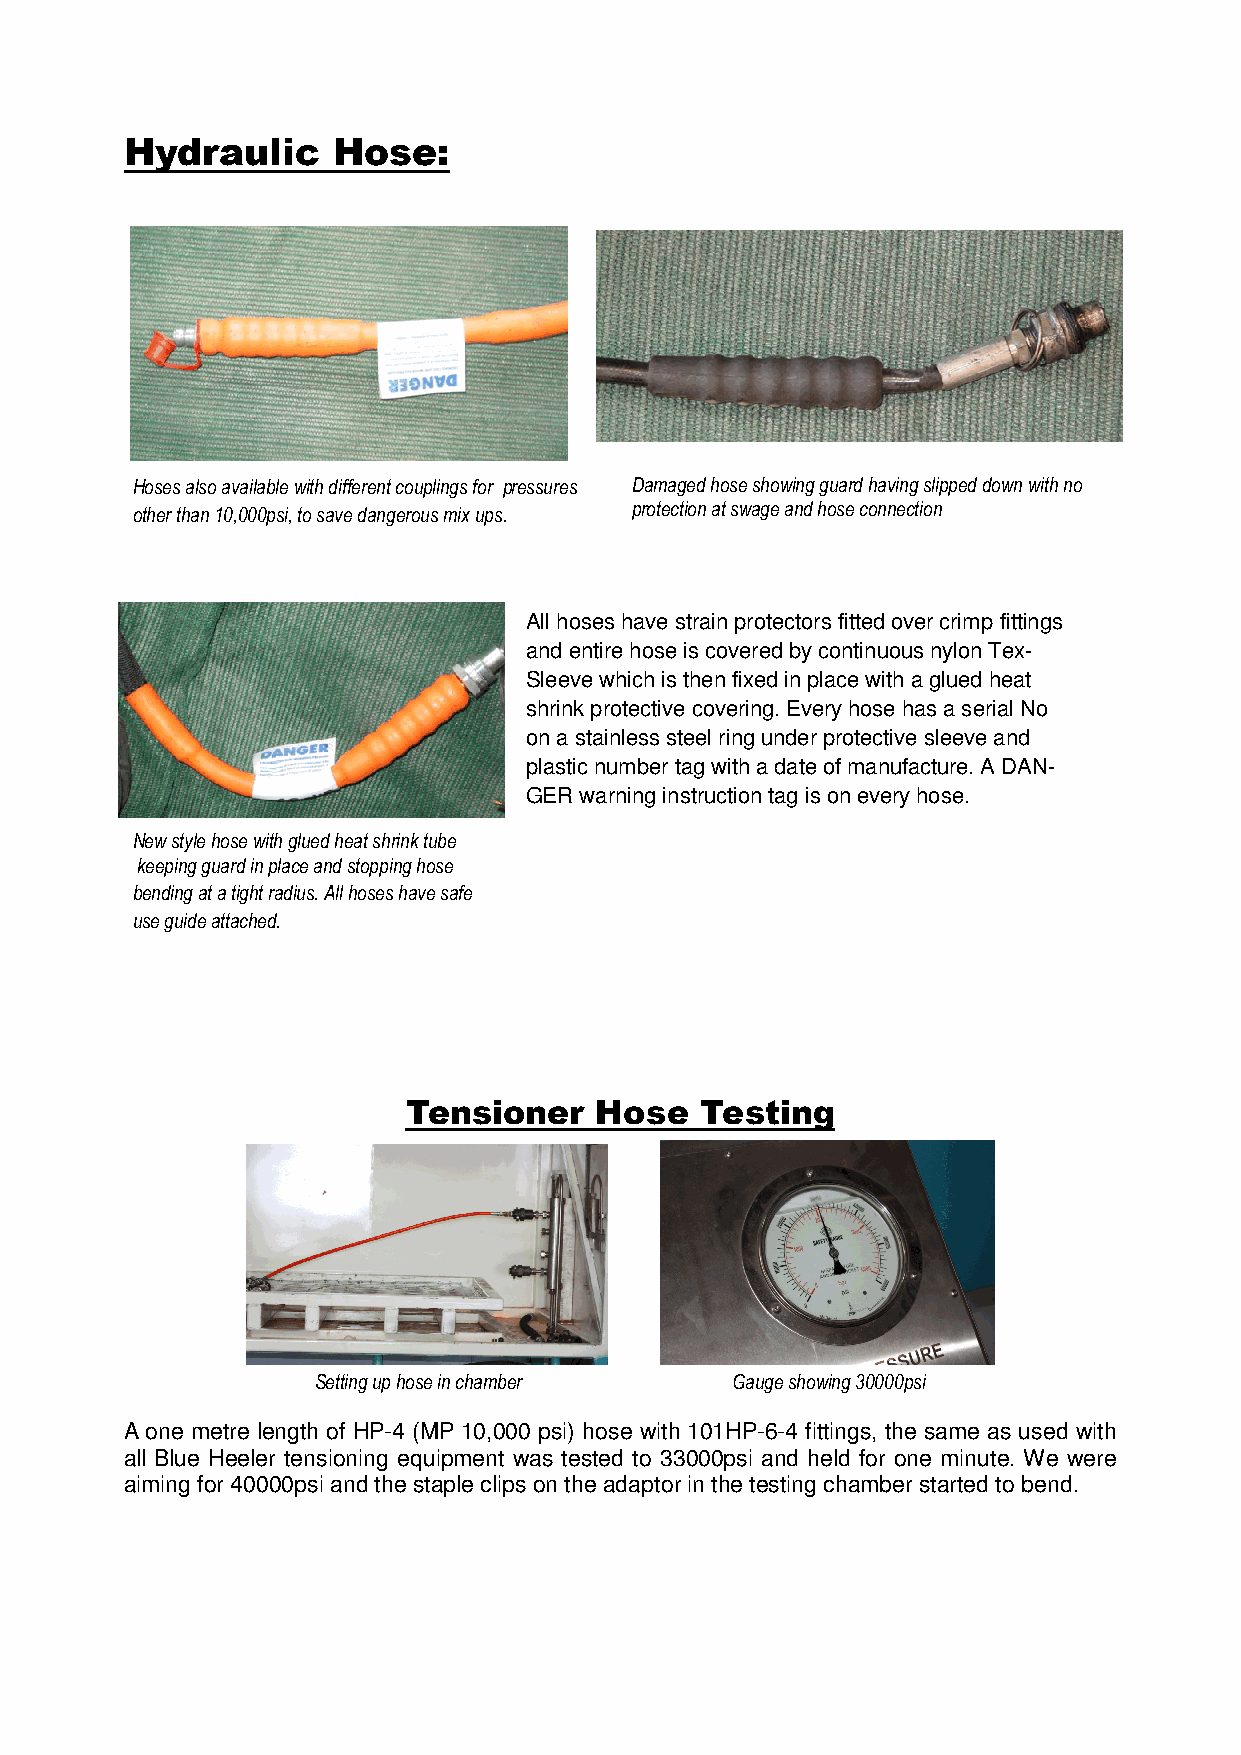
Hydraulic     Hose:
 Hoses also available with different couplings for pressures Damaged hose showing guard having slipped down with no
 other than 10,000psi, to save dangerous mix ups. protection at swage and hose connection
 All hoses have strain protectors fitted over crimp fittings
 and entire hose is covered by continuous nylon Tex-
 Sleeve which is then fixed in place with a glued heat
 shrink protective covering. Every hose has a serial No
 on a stainless steel ring under protective sleeve and
 plastic number tag with a date of manufacture. A DAN-
 GER warning instruction tag is on every hose.
 New style hose with glued heat shrink tube
 keeping guard in place and stopping hose
 bending at a tight radius. All hoses have safe
 use guide attached.
 Tensioner   Hose   Testing
 Setting up hose in chamber Gauge showing 30000psi
 A one metre length of HP-4 (MP 10,000 psi) hose with 101HP-6-4 fittings, the same as used with
 all Blue Heeler tensioning equipment was tested to 33000psi and held for one minute. We were
 aiming for 40000psi and the staple clips on the adaptor in the testing chamber started to bend.